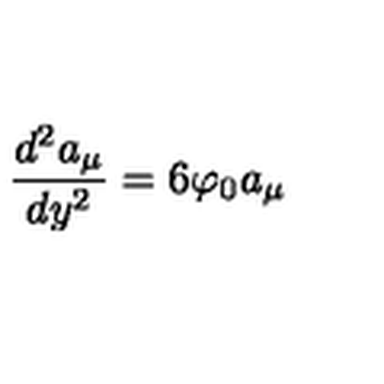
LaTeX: \frac { d ^ { 2 } a _ { \mu } } { d y ^ { 2 } } = 6 \varphi _ { 0 } a _ { \mu }